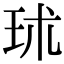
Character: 㺷